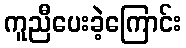
ကူညီပေးခဲ့ကြောင်း